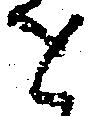
せ